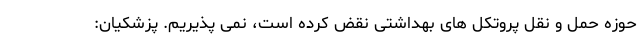
حوزه حمل و نقل پروتکل های بهداشتی نقض کرده است، نمی پذیریم. پزشکیان: